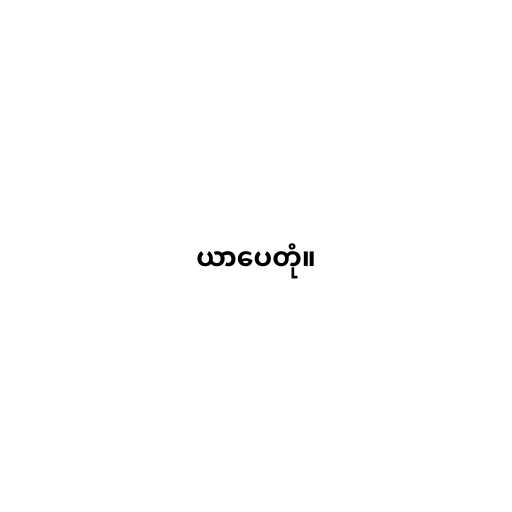
ယာပေတုံ။